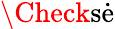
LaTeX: \Check{\textrm{s}}\dot{\textrm{e}}